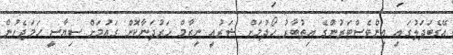
އޭގެބަދަލުގައި އިންވެސްޓަރުންގެ އިތުބާރު ހޯދުމަށް ޝަރުއީ ނިޒާމް ހަރުދަނާކޮށް ގައުމަށް ސިޔާސީ ހަމަޖެހުން